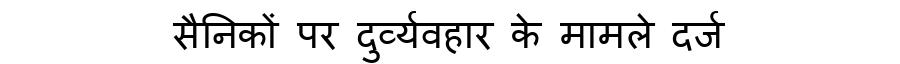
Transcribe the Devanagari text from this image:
सैनिकों पर दुर्व्यवहार के मामले दर्ज